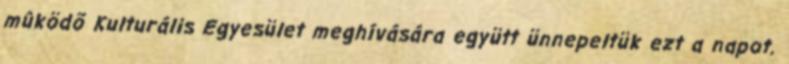
mûködõ Kulturális Egyesület meghívására együtt ünnepeltük ezt a napot.